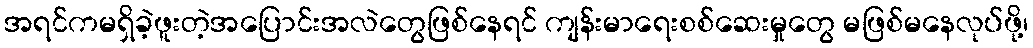
အရင်ကမရှိခဲ့ဖူးတဲ့အပြောင်းအလဲတွေဖြစ်နေရင် ကျန်းမာရေးစစ်ဆေးမှုတွေ မဖြစ်မနေလုပ်ဖို့၊